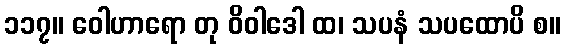
၁၁၇။ ဝေါဟာရော တု ဝိဝါဒေါ ထ၊ သပနံ သပထောပိ စ။